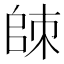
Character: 𰀮